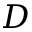
D